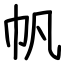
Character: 帆